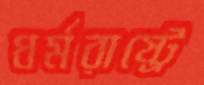
ধর্মরাষ্ট্রে